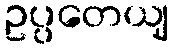
ဥပ္ပတေယျ